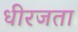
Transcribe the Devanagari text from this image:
धीरजता